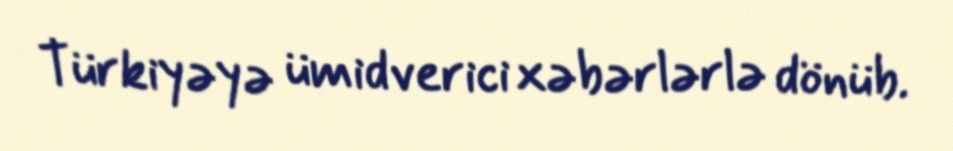
Türkiyəyə ümidverici xəbərlərlə dönüb.